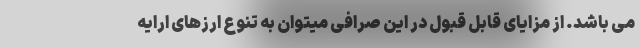
می باشد. از مزایای قابل قبول در این صرافی میتوان به تنوع ارزهای ارایه